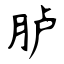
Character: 胪